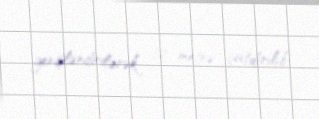
genişləndirilərək 12 metrə çatdırılıb.